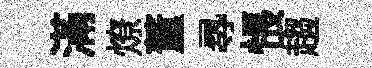
滿燎董𡬶悵趨